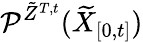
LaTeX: \mathcal{P}^{\tilde{Z}^{T,t}}(\widetilde{X}_{[0,t]})